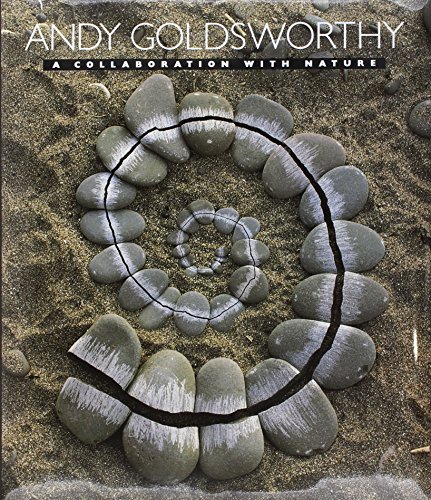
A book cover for Andy Goldsworthy: A Collaboration with Nature; Andy Goldsworthy; Arts & Photography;